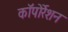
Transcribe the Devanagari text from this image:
काॅपोर्रेशन